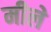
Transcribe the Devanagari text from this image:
मीले